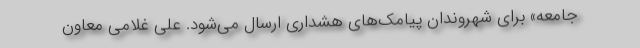
جامعه» برای شهروندان پیامک‌های هشداری ارسال می‌شود. علی غلامی معاون